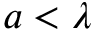
a < \lambda